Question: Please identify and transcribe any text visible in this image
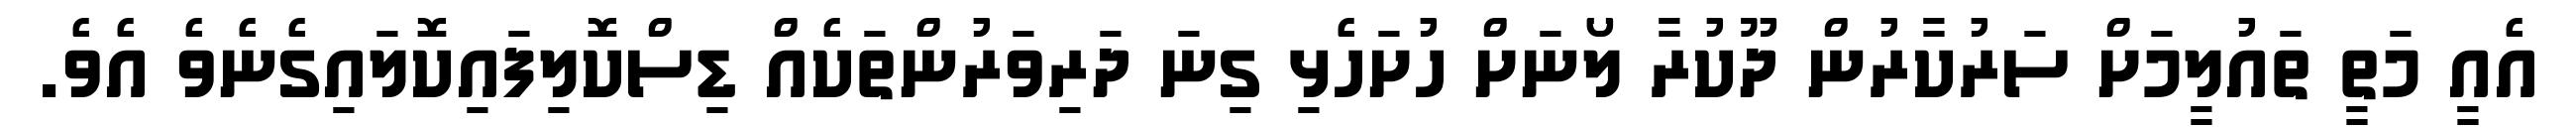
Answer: އެއީ މަތީ ތައުލީމަށް ސަރުކާރުން ދޫކުރާ ލޯނަށް ހުށަހެޅި ގިނަ ދަރިވަރުންތަކެއް ޑިސްކޮލިފައިކޮލައިގެނެވެ އެވެ.